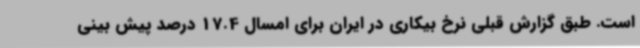
است. طبق گزارش قبلی نرخ بیکاری در ایران برای امسال 17.4 درصد پیش بینی